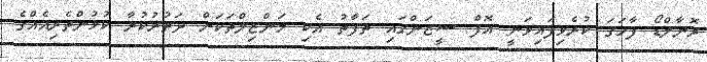
ރޮނާލްޑޯ ފާހަގަ ކުރެވިފައިވަނީ އޮފް ސީޒަންގައި ތަފާތު އެކި މަންޒިލްތަކަށް ދަތުރުކުރާ ކުޅުންތެރިއެއްގެ